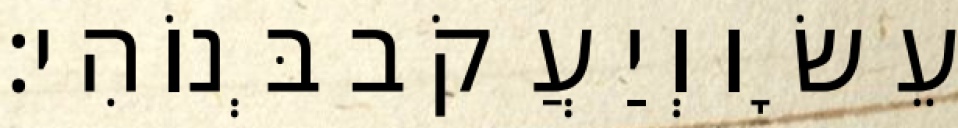
עֵשָׂו וְיַעֲקֹב בְּנוֹהִי׃